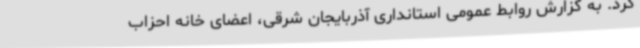
کرد. به گزارش روابط عمومی استانداری آذربایجان شرقی، اعضای خانه احزاب